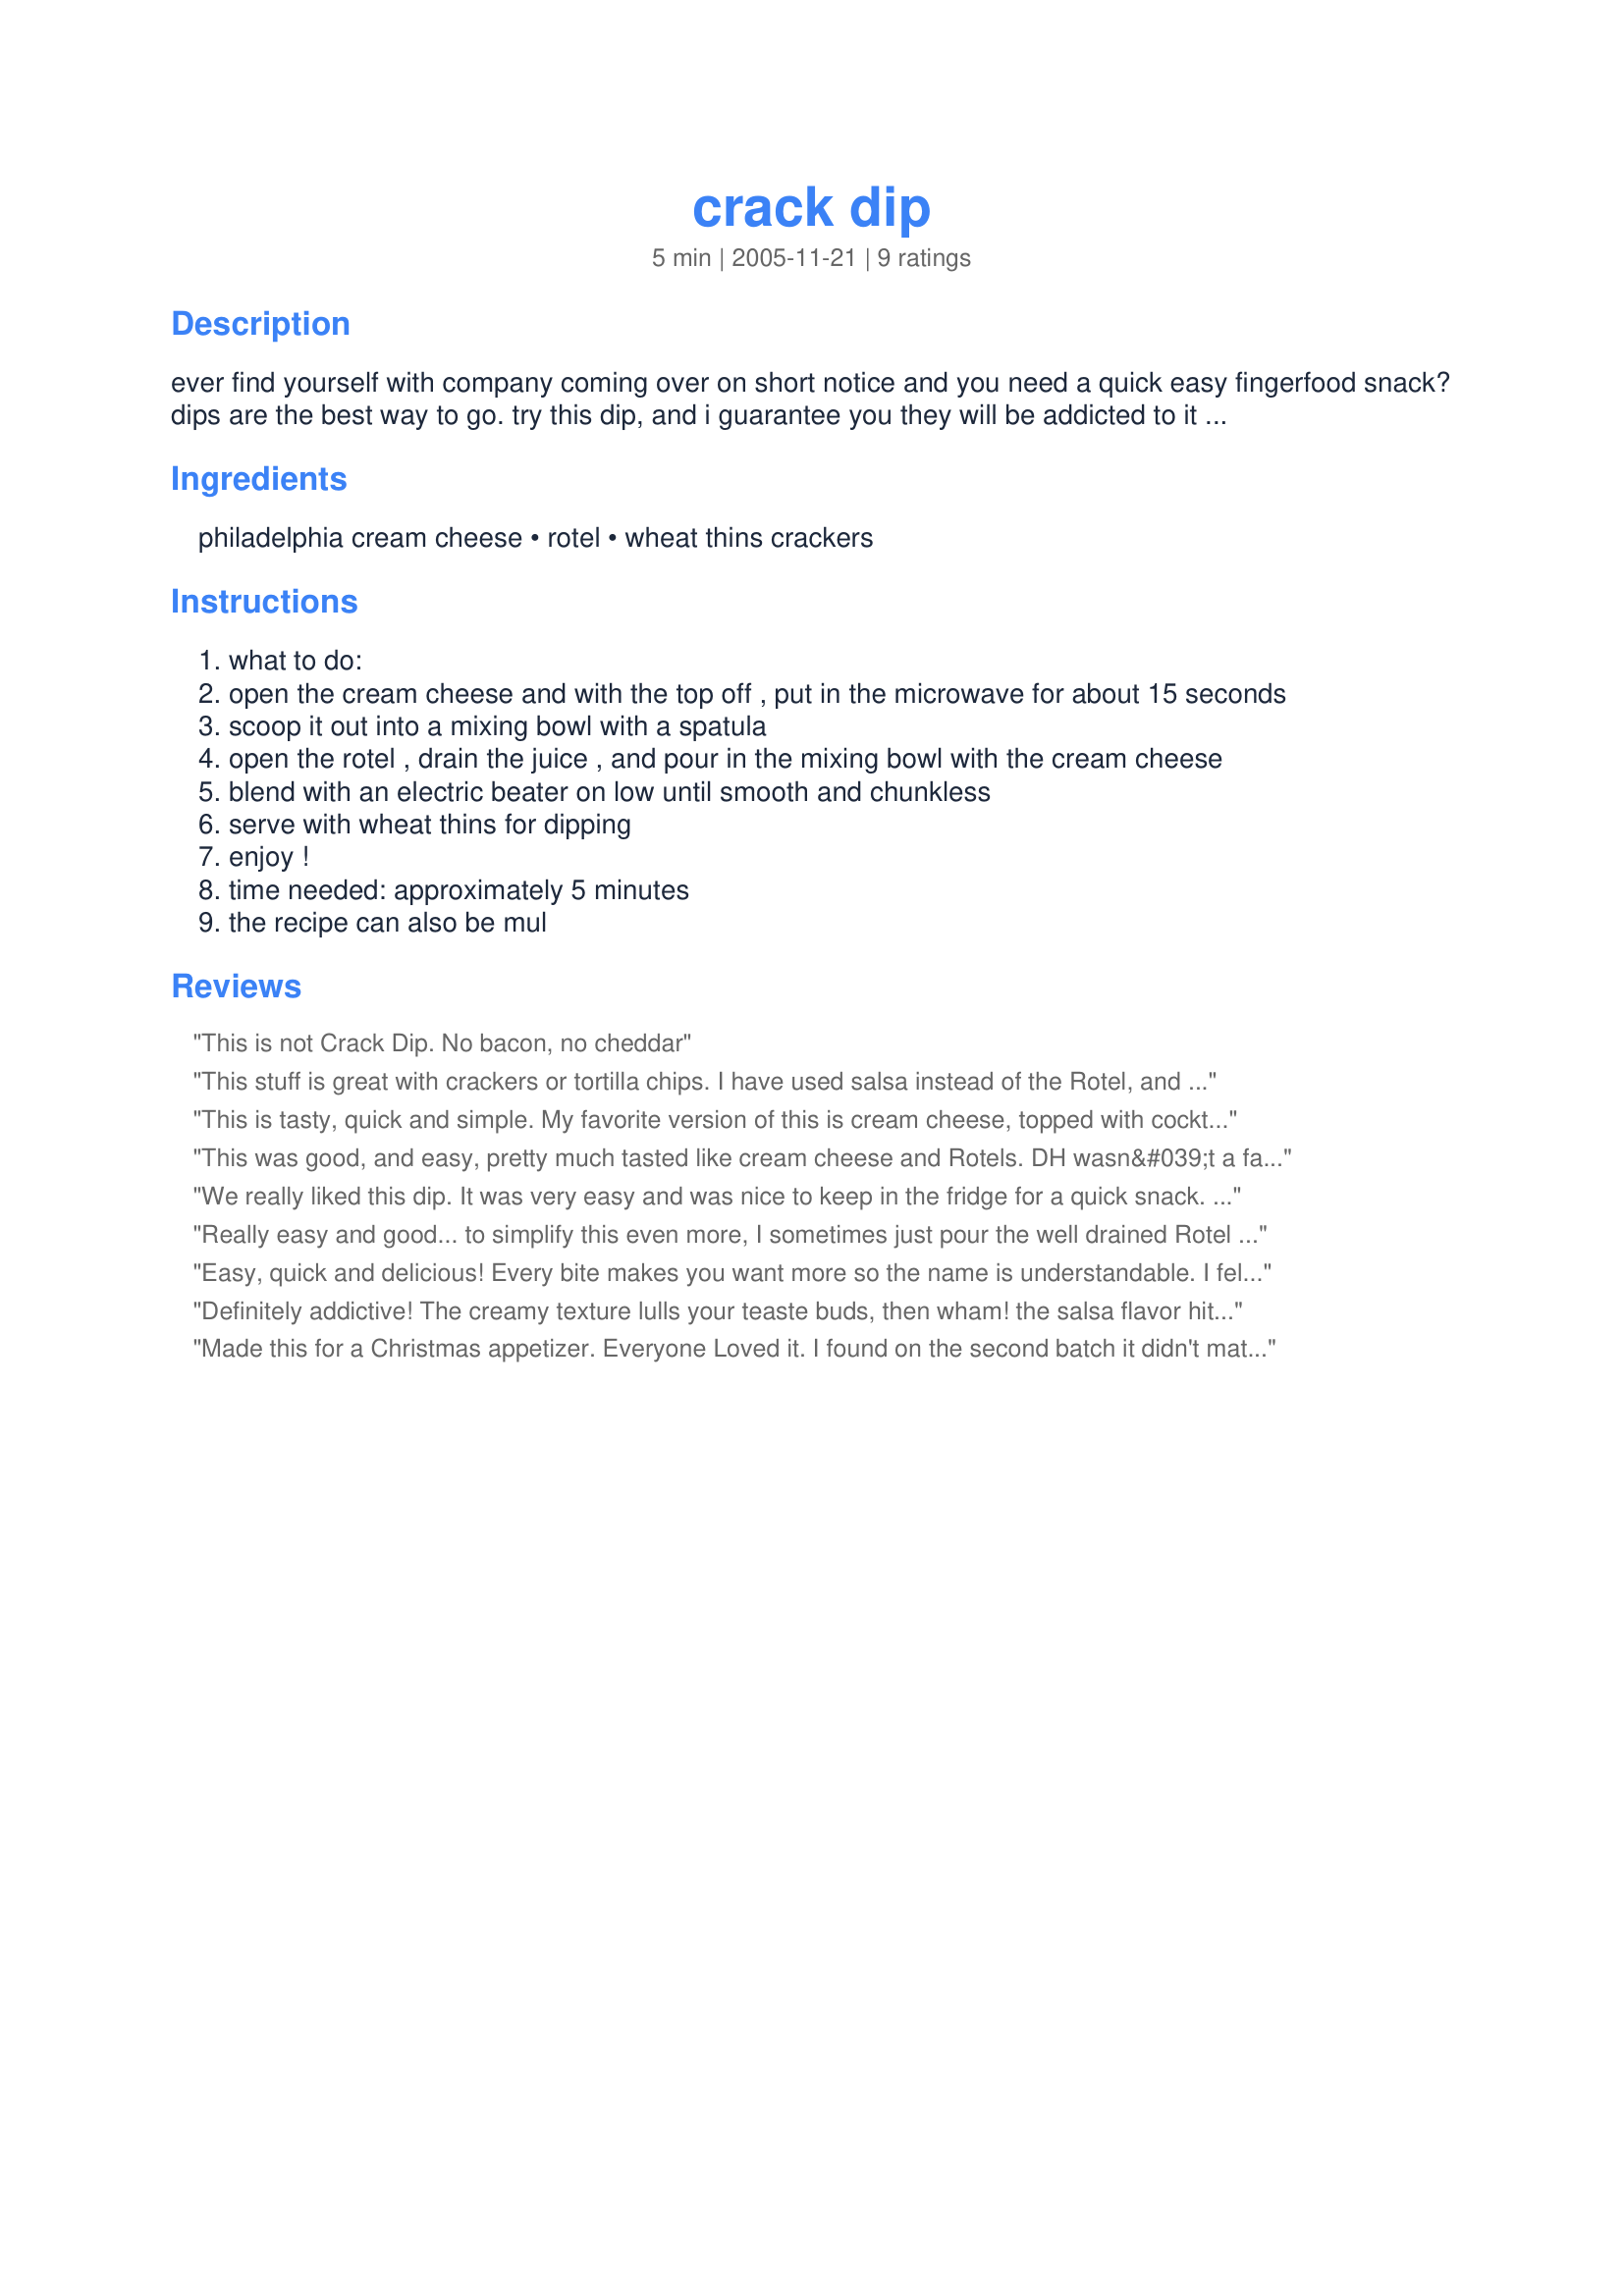
crack dip
Preparation time: 5 minutes

ever find yourself with company coming over on short notice and you need a quick easy fingerfood snack? dips are the best way to go. try this dip, and i guarantee you they will be addicted to it instantly (hence the name)! excellent for parties!

Ingredients:
philadelphia cream cheese, rotel, wheat thins crackers

Steps:
what to do:
open the cream cheese and with the top off , put in the microwave for about 15 seconds
scoop it out into a mixing bowl with a spatula
open the rotel , drain the juice , and pour in the mixing bowl with the cream cheese
blend with an electric beater on low until smooth and chunkless
serve with wheat thins for dipping
enjoy !
time needed: approximately 5 minutes
the recipe can also be mul

Reviews:
This is not Crack Dip. No bacon, no cheddar
This stuff is great with crackers or tortilla chips. I have used salsa instead of the Rotel, and that works really well, too! Great, simple snack or appetizer.
This is tasty, quick and simple. My favorite version of this is cream cheese, topped with cocktail sauce and a can of tiny shrimp (use the lid to press out excess liquid before adding) with Ritz crackers
This was good, and easy, pretty much tasted like cream cheese and Rotels. DH wasn&#039;t a fan, so I think I&#039;ll use the leftovers on wraps. Thanks for sharing the recipe, I&#039;m glad we gave it a try.
We really liked this dip. It was very easy and was nice to keep in the fridge for a quick snack. We served this with wheat thins and it was very good.
Really easy and good... to simplify this even more, I sometimes just pour the well drained Rotel over the softened cream cheese in a bowl. That way you can get more cream cheese or more Rotel in every bite. I sometime use salsa, if I am out of Rotel. I love to serve this with tortilla chips and wheat thins... A great quick appy!
Easy, quick and delicious! Every bite makes you want more so the name is understandable. I felt I didn&#039;t have the right crackers on hand, so I spread it on 9 inch flour tortillas, rolled them up, refrigerated them for a while, and then cut into bite sized pieces. I was looking for a cold snack to serve with hot steamed crabs and it was perfect...a big hit! Thanks for posting.
Definitely addictive! The creamy texture lulls your teaste buds, then wham! the salsa flavor hits you at the end for a nice bite! I softened the cream cheese before mixing and found I didn't need to use the electric beaters; it mixed quite easily by hand. I served this with sturdy Mission brand tortilla chips. For a party, definitely need to double or triple this.
Made this for a Christmas appetizer. Everyone Loved it. I found on the second batch it didn't matter if I just mixed it the best I could without the mixer, they still loved it.Thanx for a great easy recipe
